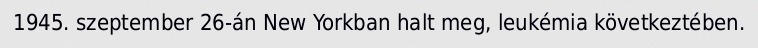
1945. szeptember 26-án New Yorkban halt meg, leukémia következtében.